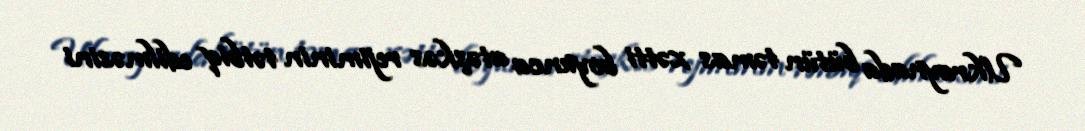
Ukraynada bütün təmas xətti boyunca atəşkəs rejiminin tətbiq edilməsini